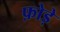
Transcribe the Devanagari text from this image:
फ़ोड़े